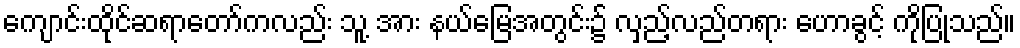
ကျောင်းထိုင်ဆရာတော်ကလည်း သူ့ အား နယ်မြေအတွင်း၌ လှည့်လည်တရား ဟောခွင့် ကိုပြုသည်။